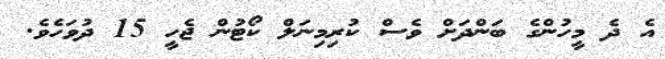
އެ ދެ މީހުންގެ ބަންދަށް ވެސް ކުރިމިނަލް ކޯޓުން ޖެހީ 15 ދުވަހެވެ.